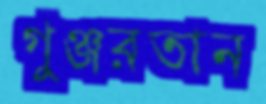
গুঞ্জরতান